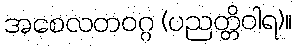
အစေလတဝဂ္ဂ (ပညတ္တိဝါရ)။